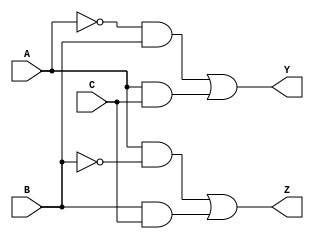
module reduced_logic_block (
    input wire A,    // Input A
    input wire B,    // Input B
    input wire C,    // Input C
    output wire Y,   // Output Y
    output wire Z    // Output Z
);

// Internal signals for intermediate logic
wire A_not; // NOT A
wire B_not; // NOT B
wire C_not; // NOT C

// Generate NOT gates
assign A_not = ~A;
assign B_not = ~B;
assign C_not = ~C;

// Implement the logic for output Y
assign Y = (A_not & B) | (A & C); // Y = A'B + AC

// Implement the logic for output Z
assign Z = (A & B_not) | (B & C); // Z = AB' + BC

endmodule